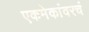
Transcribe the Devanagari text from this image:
एकमेकांवरचं